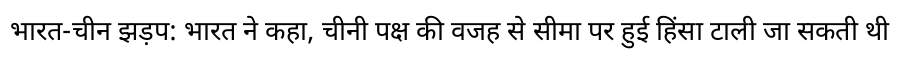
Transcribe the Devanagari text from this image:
भारत-चीन झड़प: भारत ने कहा, चीनी पक्ष की वजह से सीमा पर हुई हिंसा टाली जा सकती थी